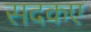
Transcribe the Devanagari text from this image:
सदकए